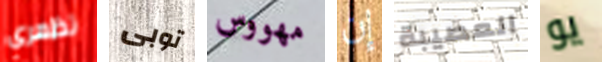
تظهري توبى مهووس إن العصيبة يو